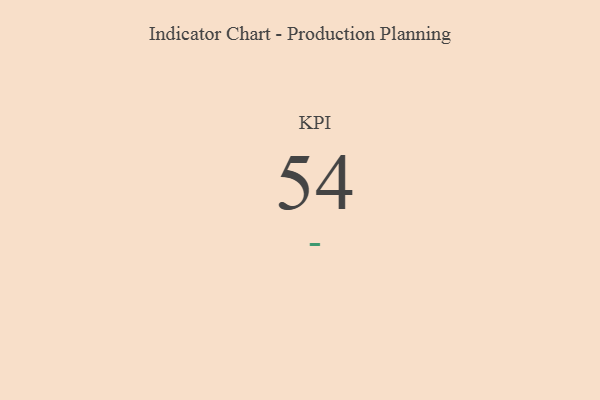
{"axis": {"x": "KPI", "y": "Value"}, "legend": [""], "data": [{"x": "KPI", "y": 54, "type": ""}]}